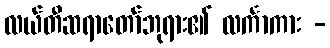
လယ်တီဆရာတော်ဘုရား၏ လင်္ကာကား -